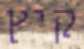
קיץ